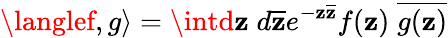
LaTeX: \langlef,g\rangle=\intd\mathbf{z}\; d\overline{{{{\mathbf{z}}}}}e^{-\mathbf{z}\overline{{{{\mathbf{z}}}}}}f(\mathbf{z})\; \overline{{{{g(\mathbf{z})}}}}